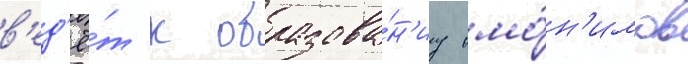
в'ед'ё́т к образова́н'иу омо́н'имов